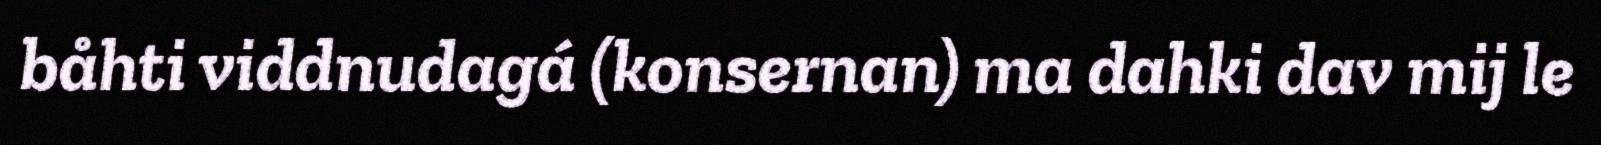
båhti viddnudagá (konsernan) ma dahki dav mij le